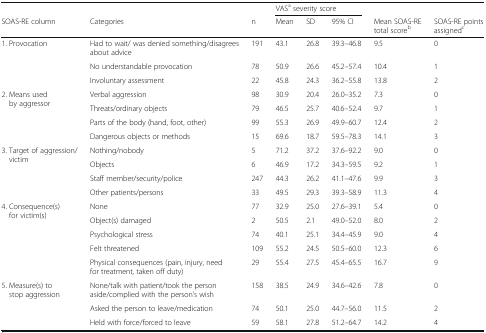
<table><thead><tr><td></td><td></td><td></td><td colspan="3"><b>VAS<sup>a</sup> severity score</b></td><td></td><td></td></tr><tr><td><b>SOAS-RE column</b></td><td><b>Categories</b></td><td><b>n</b></td><td><b>Mean</b></td><td><b>SD</b></td><td><b>95% CI</b></td><td><b>Mean SOAS-RE total score<sup>b</sup></b></td><td><b>SOAS-RE points assigned<sup>c</sup></b></td></tr></thead><tbody><tr><td rowspan="3">1. Provocation</td><td>Had to wait/ was denied something/disagrees about advice</td><td>191</td><td>43.1</td><td>26.8</td><td>39.3–46.8</td><td>9.5</td><td>0</td></tr><tr><td>No understandable provocation</td><td>78</td><td>50.9</td><td>26.6</td><td>45.2–57.4</td><td>10.4</td><td>1</td></tr><tr><td>Involuntary assessment</td><td>22</td><td>45.8</td><td>24.3</td><td>36.2–55.8</td><td>13.8</td><td>2</td></tr><tr><td rowspan="4">2. Means used by aggressor</td><td>Verbal aggression</td><td>98</td><td>30.9</td><td>20.4</td><td>26.0–35.2</td><td>7.3</td><td>0</td></tr><tr><td>Threats/ordinary objects</td><td>79</td><td>46.5</td><td>25.7</td><td>40.6–52.4</td><td>9.7</td><td>1</td></tr><tr><td>Parts of the body (hand, foot, other)</td><td>99</td><td>55.3</td><td>26.9</td><td>49.9–60.7</td><td>12.4</td><td>2</td></tr><tr><td>Dangerous objects or methods</td><td>15</td><td>69.6</td><td>18.7</td><td>59.5–78.3</td><td>14.1</td><td>3</td></tr><tr><td rowspan="4">3. Target of aggression/victim</td><td>Nothing/nobody</td><td>5</td><td>71.2</td><td>37.2</td><td>37.6–92.2</td><td>9.0</td><td>0</td></tr><tr><td>Objects</td><td>6</td><td>46.9</td><td>17.2</td><td>34.3–59.5</td><td>9.2</td><td>1</td></tr><tr><td>Staff member/security/police</td><td>247</td><td>44.3</td><td>26.2</td><td>41.1–47.6</td><td>9.9</td><td>3</td></tr><tr><td>Other patients/persons</td><td>33</td><td>49.5</td><td>29.3</td><td>39.3–58.9</td><td>11.3</td><td>4</td></tr><tr><td rowspan="5">4. Consequence(s) for victim(s)</td><td>None</td><td>77</td><td>32.9</td><td>25.0</td><td>27.6–39.1</td><td>5.4</td><td>0</td></tr><tr><td>Object(s) damaged</td><td>2</td><td>50.5</td><td>2.1</td><td>49.0–52.0</td><td>8.0</td><td>2</td></tr><tr><td>Psychological stress</td><td>74</td><td>40.1</td><td>25.1</td><td>34.4–45.9</td><td>9.0</td><td>4</td></tr><tr><td>Felt threatened</td><td>109</td><td>55.2</td><td>24.5</td><td>50.5–60.0</td><td>12.3</td><td>6</td></tr><tr><td>Physical consequences (pain, injury, need for treatment, taken off duty)</td><td>29</td><td>55.4</td><td>27.5</td><td>45.4–65.5</td><td>16.7</td><td>9</td></tr><tr><td rowspan="3">5. Measure(s) to stop aggression</td><td>None/talk with patient/took the person aside/complied with the person’s wish</td><td>158</td><td>38.5</td><td>24.9</td><td>34.6–42.6</td><td>7.8</td><td>0</td></tr><tr><td>Asked the person to leave/medication</td><td>74</td><td>50.1</td><td>25.0</td><td>44.7–56.0</td><td>11.5</td><td>2</td></tr><tr><td>Held with force/forced to leave</td><td>59</td><td>58.1</td><td>27.8</td><td>51.2–64.7</td><td>14.2</td><td>4</td></tr></tbody></table>